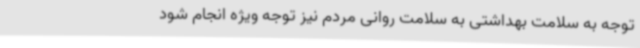
توجه به سلامت بهداشتی به سلامت روانی مردم نیز توجه ویژه انجام شود